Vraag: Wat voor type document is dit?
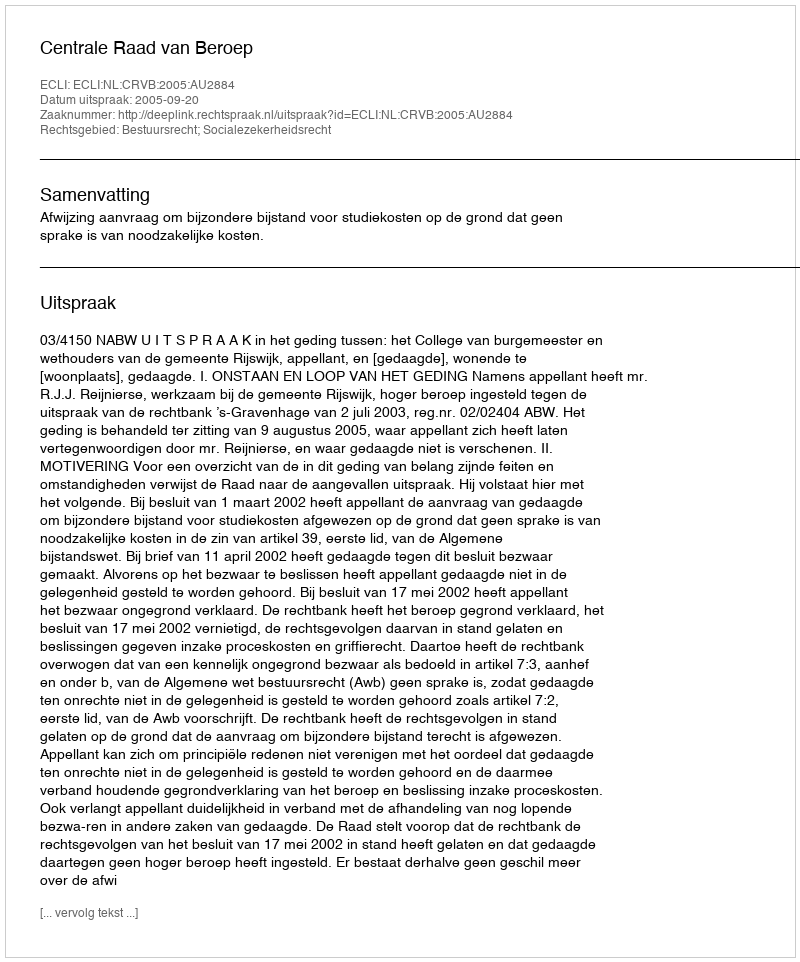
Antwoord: Uitspraak